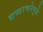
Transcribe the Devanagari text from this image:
शब्दरचनेमुळे